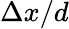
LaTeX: \Delta x/d